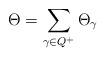
LaTeX: \begin{align*}\Theta=\sum_{\gamma\in Q^+}\Theta_\gamma\end{align*}